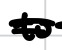
Text: to
Cross-out: double-line
Writing tool: digital_black